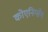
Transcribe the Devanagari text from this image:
कोएनिग्सेग